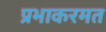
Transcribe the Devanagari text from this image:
प्रभाकरमत